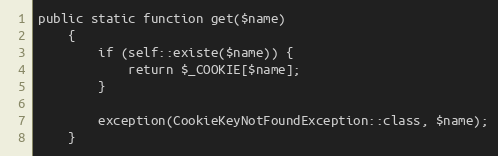
Language: PHP
public static function get($name)
    {
        if (self::existe($name)) {
            return $_COOKIE[$name];
        }

        exception(CookieKeyNotFoundException::class, $name);
    }